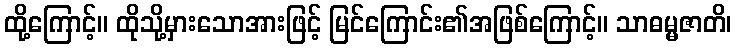
ထို့ကြောင့်။ ထိုသို့မှားသောအားဖြင့် မြင်ကြောင်း၏အဖြစ်ကြောင့်။ သာဓမ္မဇာတိ၊